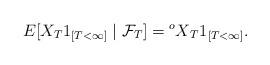
LaTeX: \begin{align*}E[X_T1_{[T<\infty]}\mid \mathcal{F}_T]={^oX}_T1_{[T<\infty]}.\end{align*}